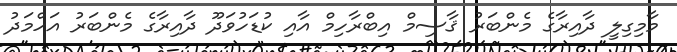
މާމިގިލީ ދާއިރާގެ މެންބަރު ޤާސިމް އިބްރާހިމް އާއި ކުޑަހުވަދޫ ދާއިރާގެ މެންބަރު އަހްމަދު